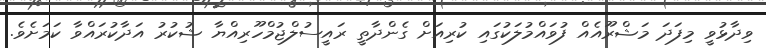
ވިދާޅުވީ މިފަދަ މަޝްރޫއެއް ފުވައްމުލަކުގައި ކުރިއަށް ގެންދާތީ ރައީސުލްޖުމްހޫރިއްޔާ ޝުކުރު އަދާކުރައްވާ ކަމަށެވެ.